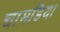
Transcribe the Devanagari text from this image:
चामडिया